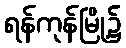
ရန်ကုန်မြို့၌